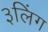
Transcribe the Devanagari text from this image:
३लिंग